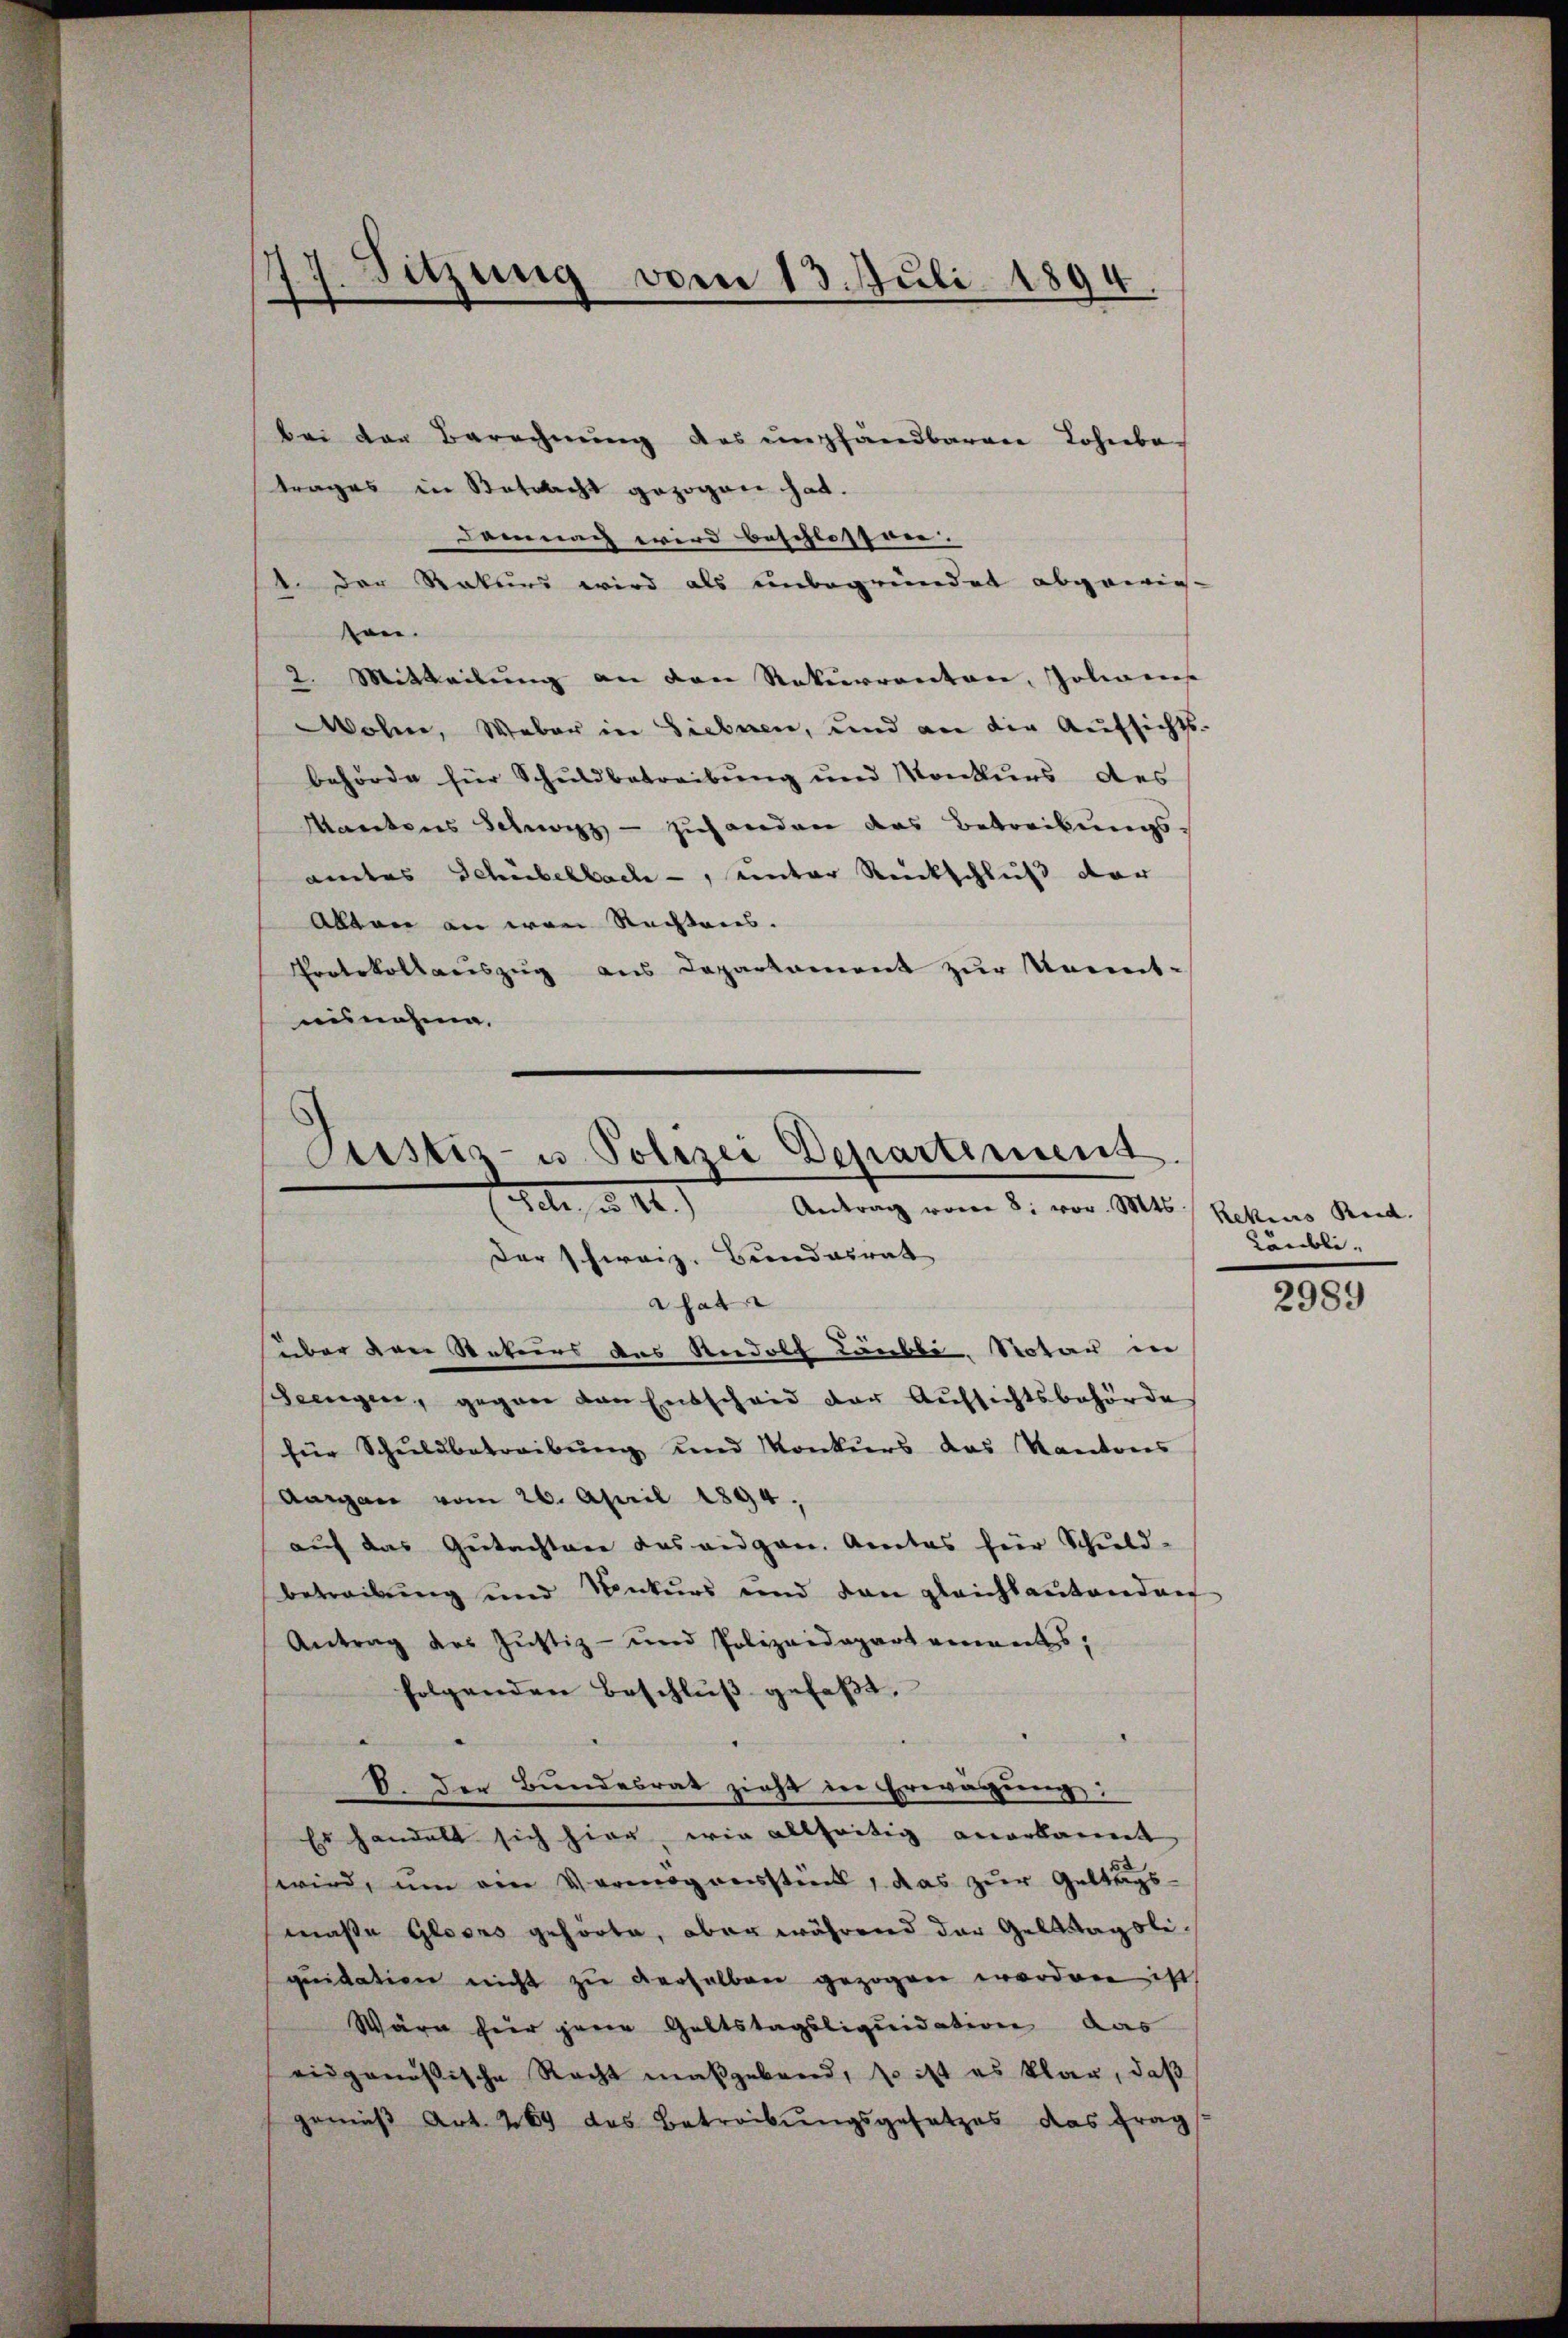
Sitzung vom 13. Juli 1894.

bei den Berechnung des empfandbaren Lohnba-
trages in Sattlicht gezogen hat.
Demnach wird beschlosser. |
1. Der Rekurs wird als unbegründet abgewies-
sen.
2. Mitteilung an den Rekurrenten, Johanns
ohnne, Weber in Siebnen, und an die Aufsichts-
behörde für Schuldbetreibung und Konkurs des
Mantens Schwyz, - zuhanden das Betreibungsamtes Schübelbach -, unter Rückschluß der
Alten an von Rechtens.
Protokollauszug aus Departement zur Kennt-
ausnahme.

Justiz- u Polizei Departement
sele, u. 44.) Antrag vom 8. vor. Mts. Kettens Rud.

Der schweiz. Bundesrat
hat
über der Rekurs das Rudolf Läubli, Notar in
dewegen, gegen von Entscheid der Aŭfsichtsbehörde
für Schuldbetreibung und Konkurs das Kantons
Aargau vom 26. April 1894.
auf das Gutachtane das angen. Actas für Schuld-
betreibung und Konkurs und dan gleichbaŭtenden
Antrag des Justiz- und Polizeidepartennants;
folgenden Beschlŭβ gefaßt,
S. Der Bundesrat zieht in Erwägung:
Es handelt sich hier, wie allseitig anerkannt
wird, um ein Vermögensstück, das zur Geltags-
maße Gloses gehörte, aber während der Geldtagsliqŭidation nicht zŭ derselben gezogen worden ist,
Wäre hier gene Galtstagsliquidation das
eidgenössische Recht maßgebend, so ist es klar, daß
gemäβ Art. 269 des Betreibŭngsgesetzes das frag

Läubli-

2989